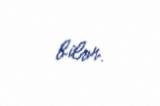
bilər.